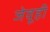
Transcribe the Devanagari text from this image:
जेवूही